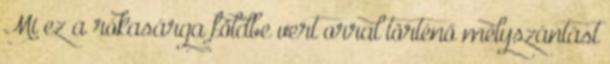
Mi ez a rókasárga földbe vert orral történő mélyszántást